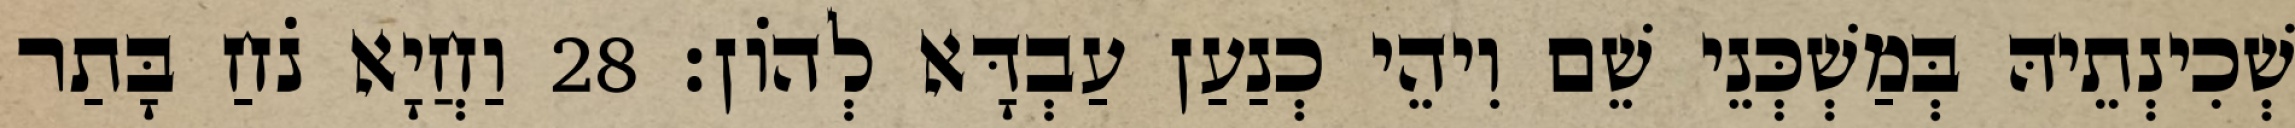
שְׁכִינְתֵיהּ בְּמַשְׁכְּנֵי שֵׁם וִיהֵי כְנַעַן עַבְדָּא לְהוֹן׃ 28 וַחֲיָא נֹחַ בָּתַר